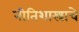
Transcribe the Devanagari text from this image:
नीतिशास्त्राचे